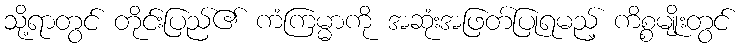
သို့ရာတွင် တိုင်းပြည်၏ ကံကြမ္မာကို အဆုံးအဖြတ်ပြုရမည့် ကိစ္စမျိုးတွင်